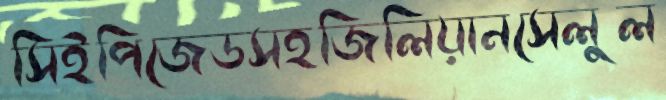
সিইপিজেডসহজিলিয়ানসেলুল